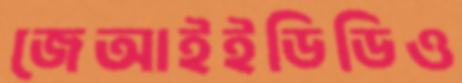
জেআইইডিডিও